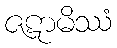
ဇဋာမိဿံ